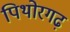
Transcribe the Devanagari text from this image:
पिथोरगढ़